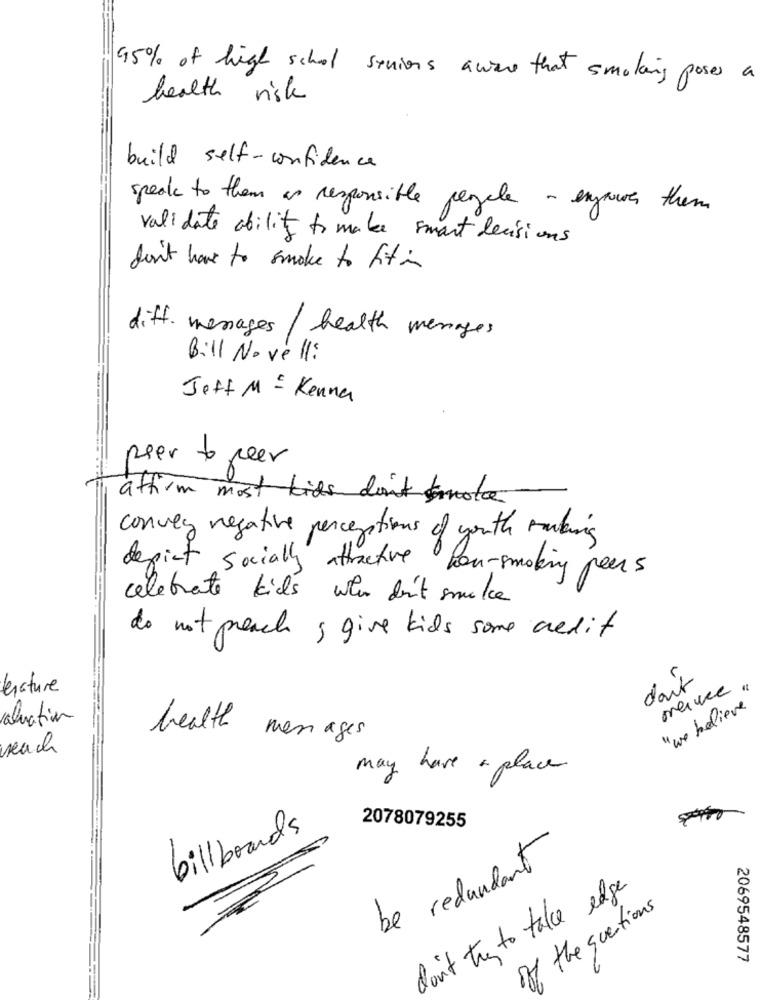
95% of high schol seniors aware that smoking poses a
health risk
build self-confidence
speak to them as responsible people - expres them
validate ability to make smart decisions
don't have to smoke to fit in
diff. messages / health menages
Bill Novell:
Jeff M = Kenna
peer to peer
atfirm most bids don't smoke
convey negative perceptions of youth making
depict socially attractive fou-smoking peers
celebrate kids wear dit smake
do not preach , give kids some credit
doit
enature
mance "
" we believe
valuation
health
men ages
weach
may have a place
billboards
2078079255
be redundant
don't try to take edge
off the questions
2069548577